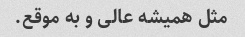
مثل همیشه عالی و به موقع.